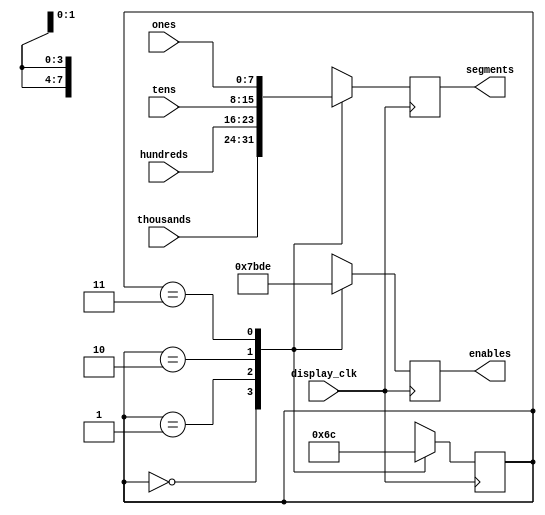

//////////////////////////////////////////////////////////////////////////////////
// Company: 
// Engineer: 
// 
// Design Name: 
// Module Name:    seven_segment_display 
// Project Name: 
// Target Devices: 
// Tool versions: 
// Description: 
//
// Dependencies: 
//
// Revision: 
// Revision 0.01 - File Created
// Additional Comments: 
//
//////////////////////////////////////////////////////////////////////////////////
module seven_segment_display(
							display_clk,
							thousands,
							hundreds,
							tens,
							ones,
							segments,
							enables
    );
	 
	/////////////////////////////////////////////////////////////////////////////////
	//Inputs/Outputs
	/////////////////////////////////////////////////////////////////////////////////
	input display_clk;
	input [7:0] thousands;
   input [7:0] hundreds;
   input [7:0] tens;
	input [7:0] ones;
   output reg[7:0] segments;
   output reg[3:0] enables;
	
	/////////////////////////////////////////////////////////////////////////////////
	//Wire/Reg Declarations
	/////////////////////////////////////////////////////////////////////////////////
	reg [1:0] sm;
	
	/////////////////////////////////////////////////////////////////////////////////
	//Constants
	/////////////////////////////////////////////////////////////////////////////////
	parameter st_thousands = 0;
	parameter st_hundreds = 1;
	parameter st_tens = 2;
	parameter st_ones = 3;

	/////////////////////////////////////////////////////////////////////////////////
	//Sequential Logic
	/////////////////////////////////////////////////////////////////////////////////
	initial begin
	sm = st_thousands;
	end
	
	always @(posedge display_clk)begin
		case (sm)
			st_thousands: begin
				enables <= 4'b0111;
				segments <= thousands;
				sm <= st_hundreds;
			end
			st_hundreds: begin
				enables <= 4'b1011;
				segments <= hundreds;
				sm <= st_tens;
			end
			st_tens: begin
				enables <= 4'b1101;
				segments <= tens;
				sm <= st_ones;
			end
			st_ones: begin
				enables <= 4'b1110;
				segments <= ones;
				sm <= st_thousands;
			end
			default: begin
				enables <=4'b1111;
				segments <= 8'b11111111;
				end
		endcase
	end
	
endmodule